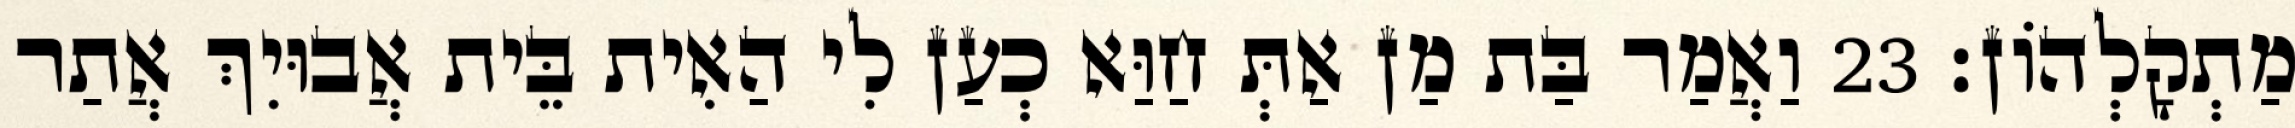
מַתְקָלְהוֹן׃ 23 וַאֲמַר בַּת מַן אַתְּ חַוַּא כְעַן לִי הַאִית בֵּית אֲבוּיִךְ אֲתַר